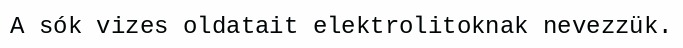
A sók vizes oldatait elektrolitoknak nevezzük.